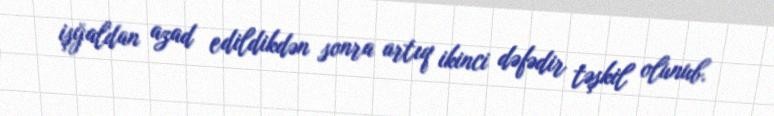
işğaldan azad edildikdən sonra artıq ikinci dəfədir təşkil olunub.